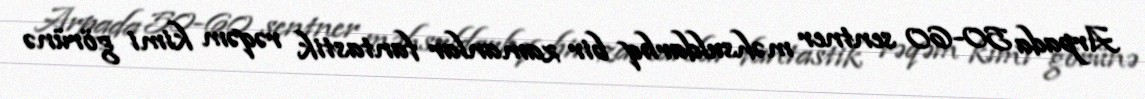
Arpada 50-60 sentner məhsuldarlıq bir zamanlar fantastik rəqəm kimi görünə